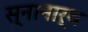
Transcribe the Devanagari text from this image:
स्‍नानार्थ